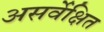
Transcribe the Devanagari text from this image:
असर्वेक्षित